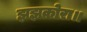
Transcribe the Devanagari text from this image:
झझकोरा॥